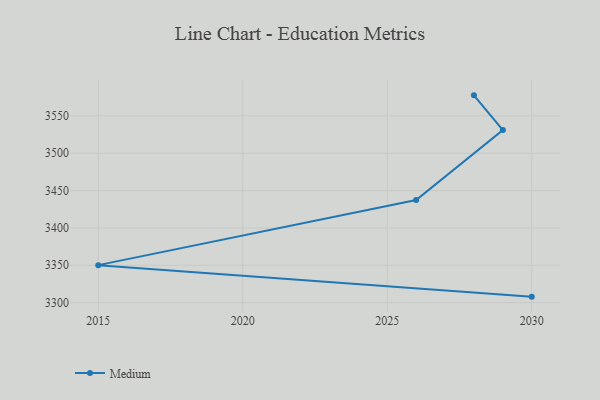
{"axis": {"x": "Year", "y": "Customer Acquisition Cost (USD)"}, "legend": ["Medium"], "data": [{"x": "2030", "y": 3308.0, "type": "Medium"}, {"x": "2015", "y": 3350.2, "type": "Medium"}, {"x": "2026", "y": 3437.3, "type": "Medium"}, {"x": "2029", "y": 3531.0, "type": "Medium"}, {"x": "2028", "y": 3577.5, "type": "Medium"}]}